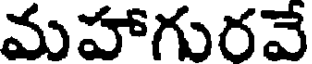
మహాగురవే